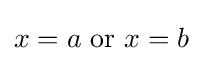
x=a{\text{ or }}x=b